Mental hospitals Bombay report 1929-33 - 1929-1933
Year: 1929
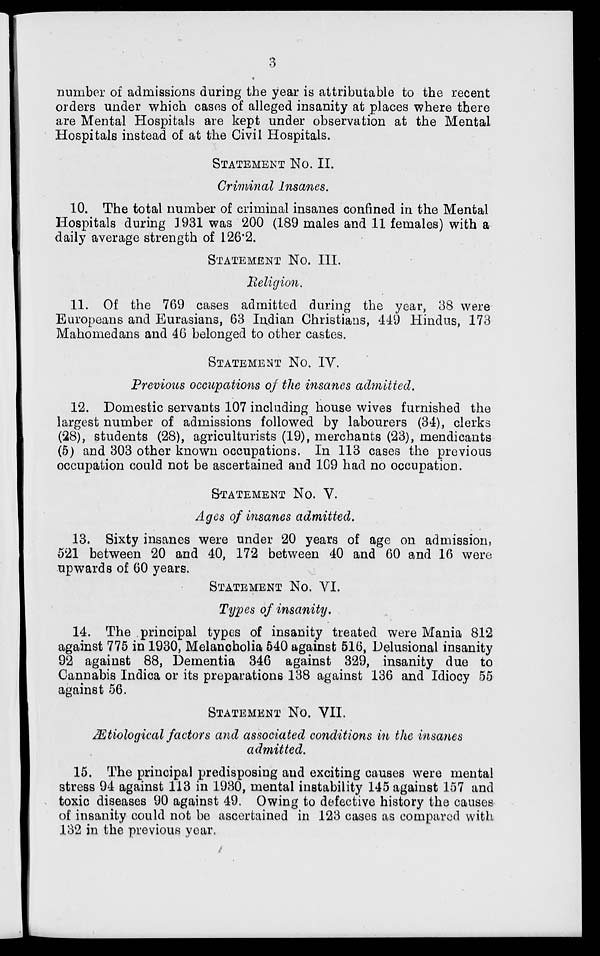
3
number of admissions during the year is attributable to the recent
orders under which cases of alleged insanity at places where there
are Mental Hospitals are kept under observation at the Mental
Hospitals instead of at the Civil Hospitals.
STATEMENT No. II.
Criminal Insanes.
10. The total number of criminal insanes confined in the Mental
Hospitals during 1931 was 200 (189 males and 11 females) with a
daily average strength of 126.2.
STATEMENT No. III.
Religion.
11. Of the 769 cases admitted during the year, 38 were
Europeans and Eurasians, 63 Indian Christians, 449 Hindus, 173
Mahomedans and 46 belonged to other castes.
STATEMENT No. IV.
Previous occupations of the insanes admitted.
12. Domestic servants 107 including house wives furnished the
largest number of admissions followed by labourers (34), clerks
(28), students (28), agriculturists (19), merchants (23), mendicants
(5) and 303 other known occupations. In 113 cases the previous
occupation could not be ascertained and 109 had no occupation.
STATEMENT No. V.
Ages of insanes admitted.
13. Sixty insanes were under 20 years of age on admission,
521 between 20 and 40, 172 between 40 and 60 and 16 were
upwards of 60 years.
STATEMENT No. VI.
Types of insanity.
14. The principal types of insanity treated were Mania 812
against 775 in 1930, Melancholia 540 against 516, Delusional insanity
92 against 88, Dementia 346 against 329, insanity due to
Cannabis Indica or its preparations 138 against 136 and Idiocy 55
against 56.
STATEMENT No. VII.
Ætiological factors and associated conditions in the insanes
admitted.
15. The principal predisposing and exciting causes were mental
stress 94 against 113 in 1930, mental instability 145 against 157 and
toxic diseases 90 against 49. Owing to defective history the causes
of insanity could not be ascertained in 123 cases as compared with
132 in the previous year.